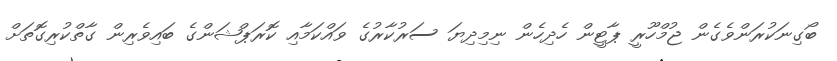
ބޯގިނަކުރަންވެގެން ޖުމްހޫރީ ޕާޓީން ހެދިހެން ނިމިދިޔަ ސަރުކާރުގެ ވައްކަމާއި ކޮރަޕްޝަންގެ ބައިވެރިން ގާތްކުރިގޮތަށް